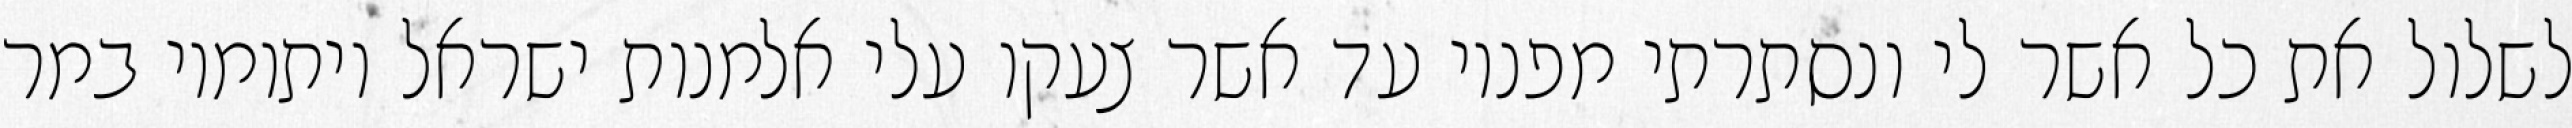
לשלול את כל אשר לי ונסתרתי מפניו עד אשר צעקו עלי אלמנות ישראל ויתומיו במר